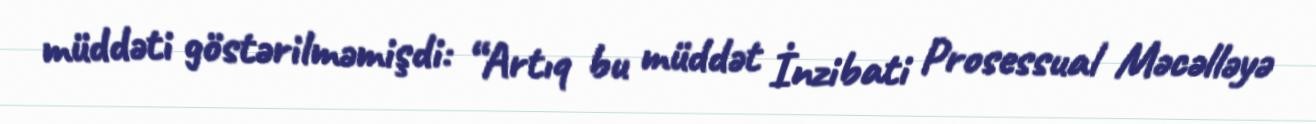
müddəti göstərilməmişdi: “Artıq bu müddət İnzibati Prosessual Məcəlləyə